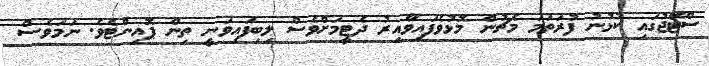
ސްޓޭޖުގައި ކުޅުނު ފުރަތަމަ މެޗުން މޮޅުވެފައިވާއިރު ދެޓީމަށްވެސް ލިބިފައިވަނީ ތިން ޕޮއިންޓެވެ. ނަމަވެސް